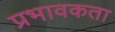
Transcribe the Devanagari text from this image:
प्रभावकता